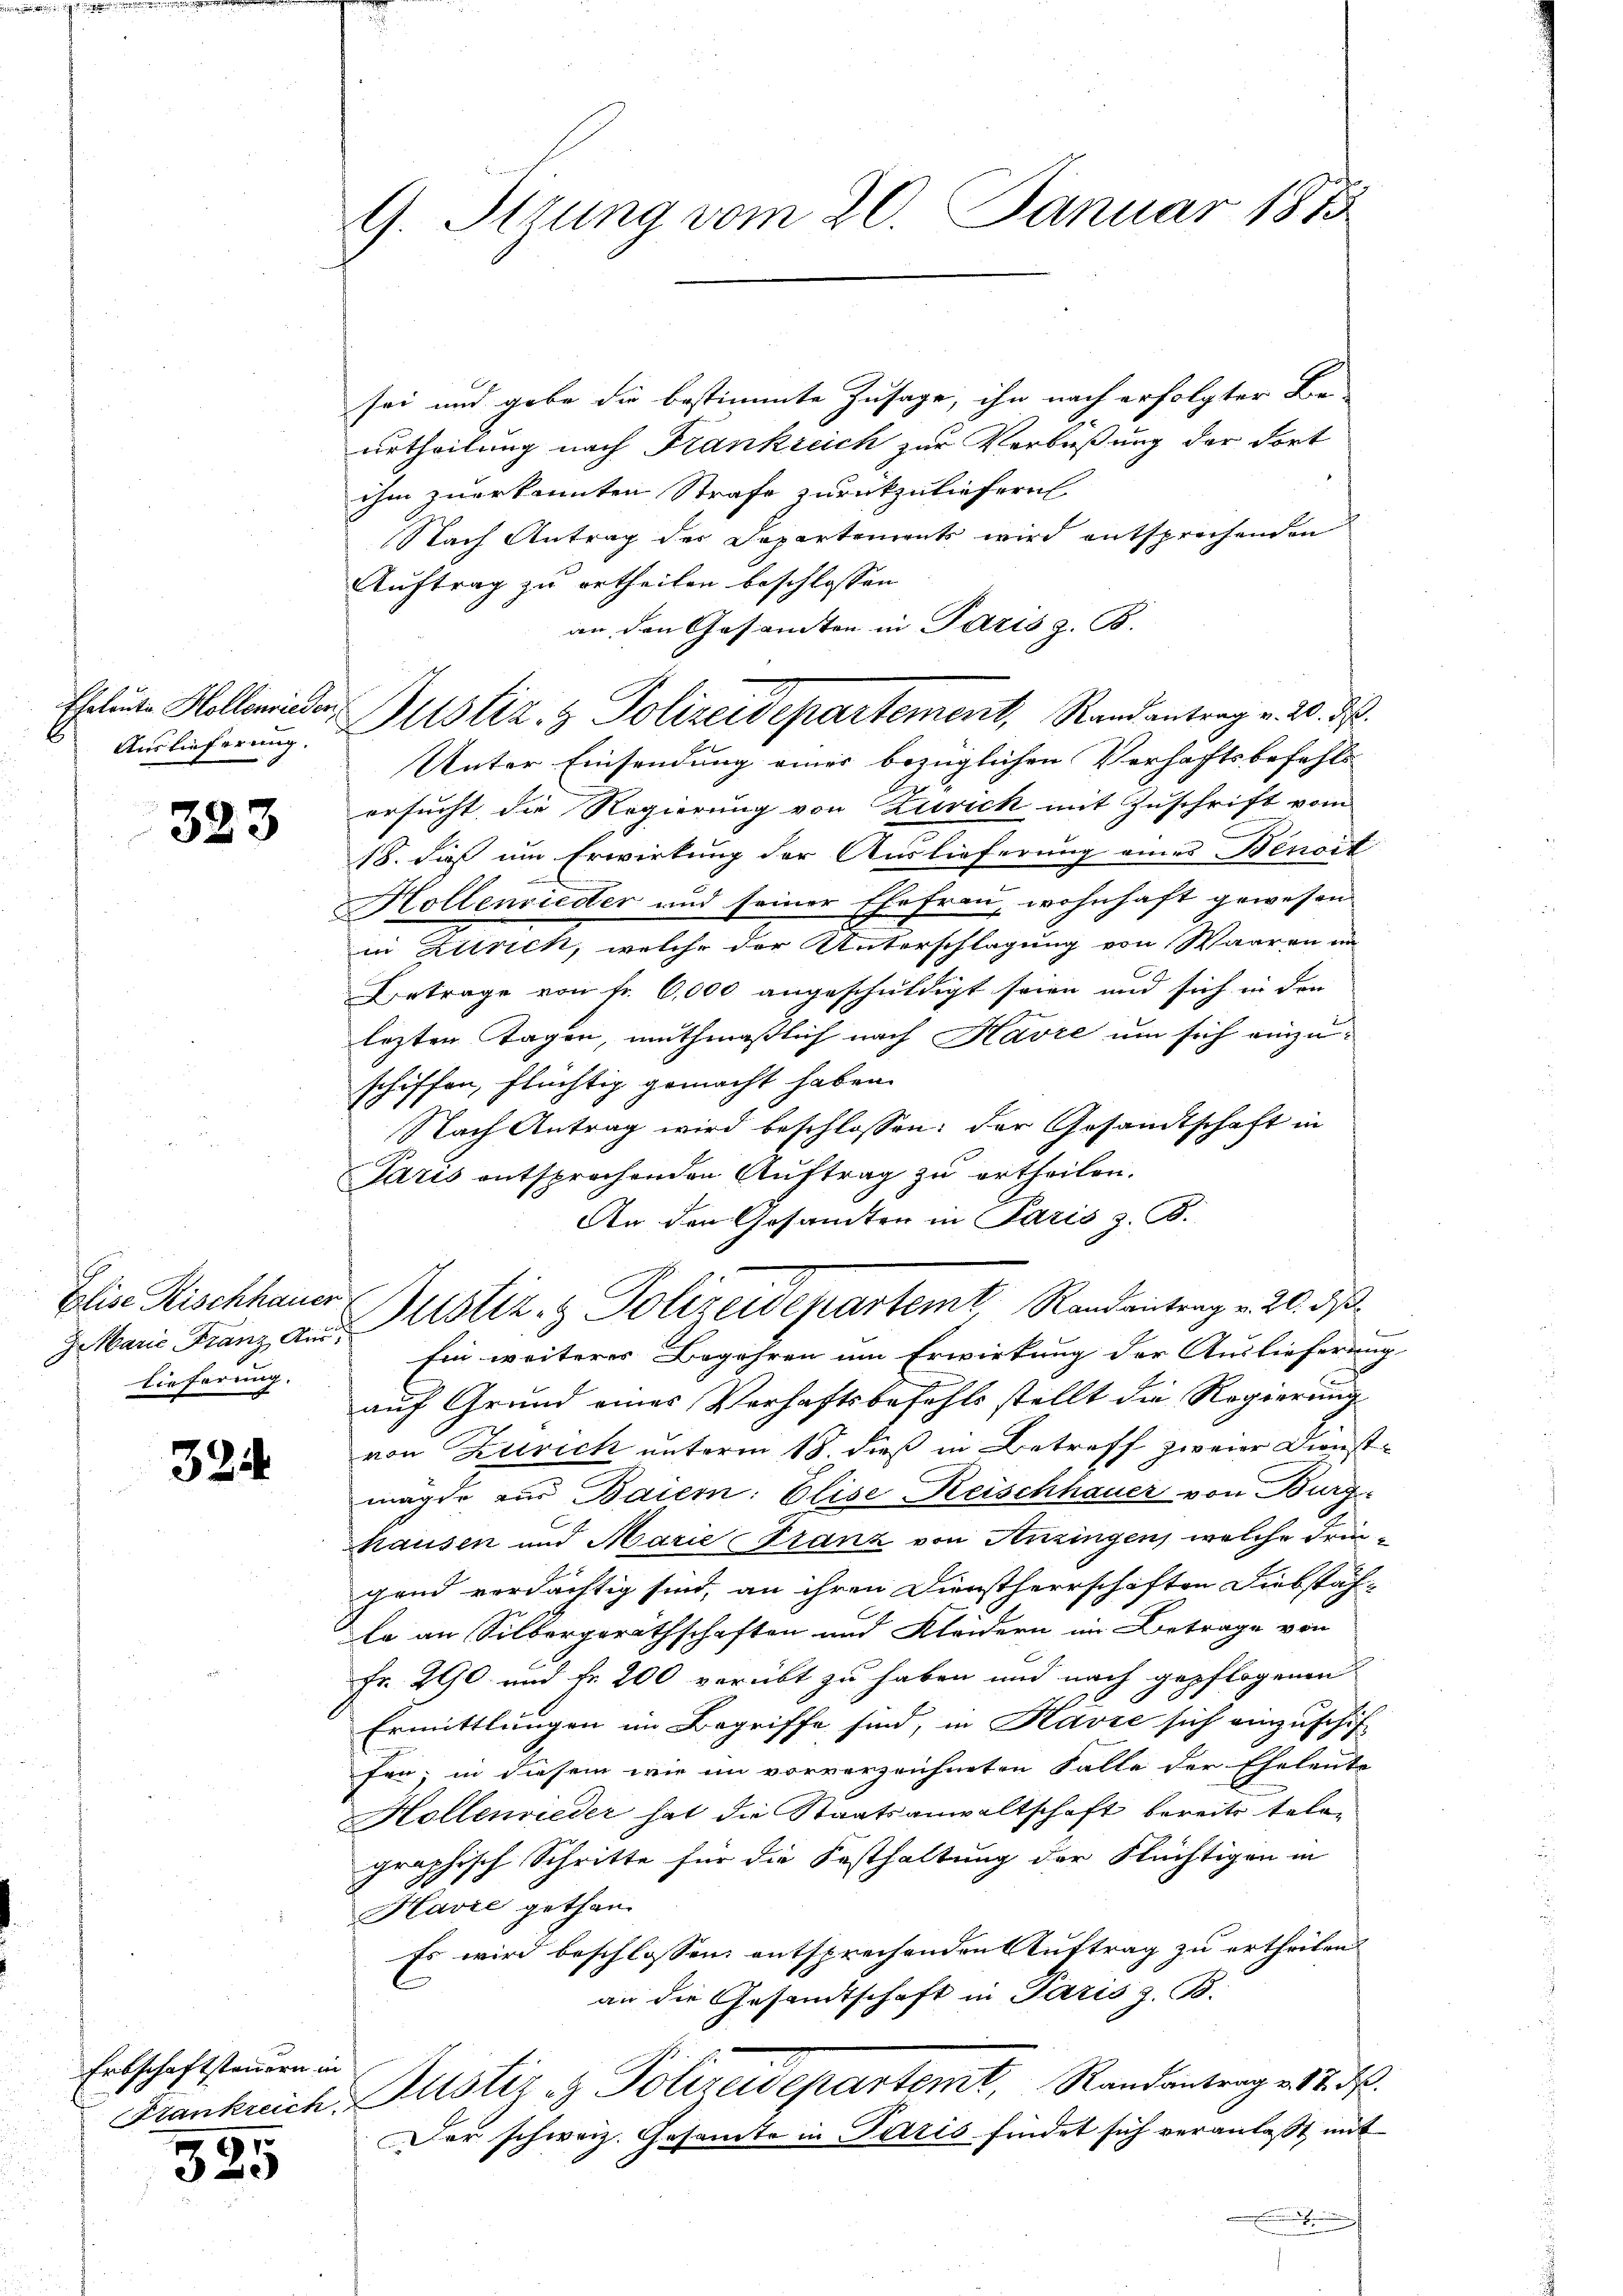
Auslieferung.

323

Ja Marie Franz Ain
Eieferung.

324

Erbschaftsteuern in
17

e

G. Itzung vom 20. Januar 1875

sei und gebe die bestimmte Zusage, ihn nach erfolgter Be-
urtheilung nach Frankreich zur Verbüßung der Fort
ihm zuerkannten Strafe zurückzuliefern
Nach Antrag der Departements wird entsprechenden
Auftrag zu ertheilen beschlossen
an, den Gesamten in Paris z. B.
Unter Einsendung einer bezüglichen Verhaftsbefehls
ersucht die Regierung von Zürich mit Zuschrift vom
18. daß um Erwirkung der Auslieferung eines Benoit
Hollenrieder und seiner Ehefrau, wohnhaft gewesen.
in Zürich, welche der Unterschlagung von Waaren in
Betrage von Fr. 6,000 angeschuldigt seien und sich in den
lezten Tagen, muthmaßlich nach Kavre um sich einzu-
schiffen, flüchtig gemacht haben.
Nach Antrag wird beschlossen: der Gesandtschaft in
Paris entsprochenden Auftrag zu ertheilen.
An den Gesamten in Paris z. B.
Ein weiteres Begehren um Erwirkung der Auslieferung
auf Grund eines Verhaftsbefehls stellt die Regierung
von Zutrich unterm 18. dieß in Betreff zweier Dienstmögte zur Baiern: Elise Reischhauer von Burghausen und Marie Franz von Anzingen, welche Friegend verdächtig sind, an ihren Dienstherrschaften Diebstäf-
Er an Silbergeräthschaften und Kleidern im Betrage von
Fr. 290 und fr. 200 verübt zu haben und nach gepflogenen
Ermittlungen im Begriffe sind, in Havre sich einzuschäf-
fen; in diesem wie im vorverzeichneten Falle der Eheleute
Hollenwieder hat die Staatsanwaltschaft bereits tele-
graphisch Schritte für die Festhaltung der Flüchtigen in
Havić gethan.
Es wird beschlossen entsprechenden Auftrag zu ertheilen.
an die Gesandtschaft in Paris z. B.
Frankreich Justiz- & Polizeidepartemt, Randantrag v. 12. d.
Der schweiz. Gesamte in Paris findet sich veranlaßt, mit
.

Eheleute Hollrieder Justiz- & Polizeidepartement, Randantrag v. 20. d.

Elie Rischhauer Justiz- & Polizeidepartemt, Randantrag v. 20. d.